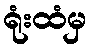
ရုံးထံမှ